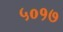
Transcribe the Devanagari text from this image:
५०१७